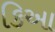
કિઆ